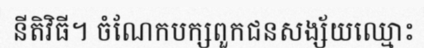
នីតិវិធី។ ចំណែកបក្សពួកជនសង្ស័យឈ្មោះ